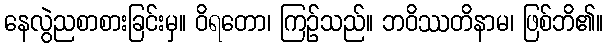
နေလွဲညစာစားခြင်းမှ။ ဝိရတော၊ ကြဉ်သည်။ ဘဝိဿတိနာမ၊ ဖြစ်ဘိ၏။